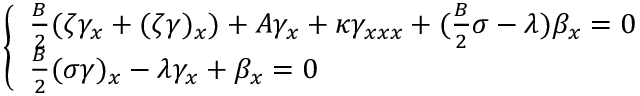
\left\{ \begin{array} { l } { \medskip \frac { B } 2 ( \zeta \gamma _ { x } + ( \zeta \gamma ) _ { x } ) + A \gamma _ { x } + \kappa \gamma _ { x x x } + ( \frac { B } 2 \sigma - \lambda ) \beta _ { x } = 0 } \\ { \frac { B } 2 ( \sigma \gamma ) _ { x } - \lambda \gamma _ { x } + \beta _ { x } = 0 } \end{array} \right.